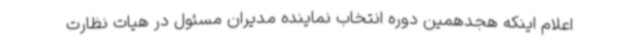
اعلام اینکه هجدهمین دوره انتخاب نماینده مدیران مسئول در هیات نظارت